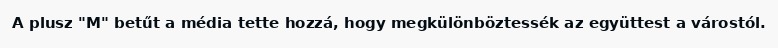
A plusz "M" betűt a média tette hozzá, hogy megkülönböztessék az együttest a várostól.